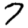
Digit: 7